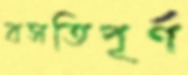
বসতিপূর্ণ